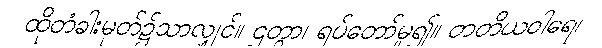
ထိုတံခါးမုတ်၌သာလျှင်။ ဌတွာ၊ ရပ်တော်မူ၍။ တတိယဝါရေ၊